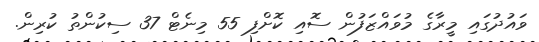
ވައުދުގައި މީރާގެ މުވައްޒަފުން ސޮއި ކޮށްފި 55 މިނެޓް 37 ސިކުންތު ކުރިން.